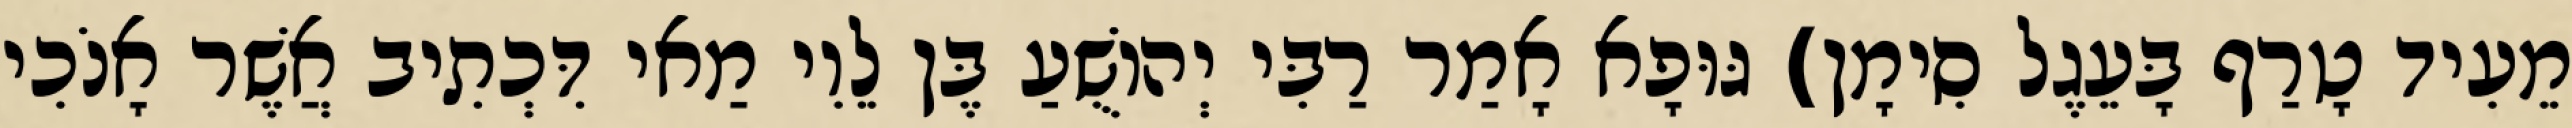
מֵעִיד טָרַף בָּעֵגֶל סִימָן) גּוּפָא אָמַר רַבִּי יְהוֹשֻׁעַ בֶּן לֵוִי מַאי דִּכְתִיב אֲשֶׁר אָנֹכִי